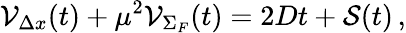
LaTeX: {\cal V}_{\Delta x}(t)+\mu^{2}{\cal V}_{\Sigma_{F}}(t)=2Dt+{\cal S}(t)\, ,